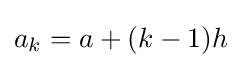
a_{k}=a+(k-1)h